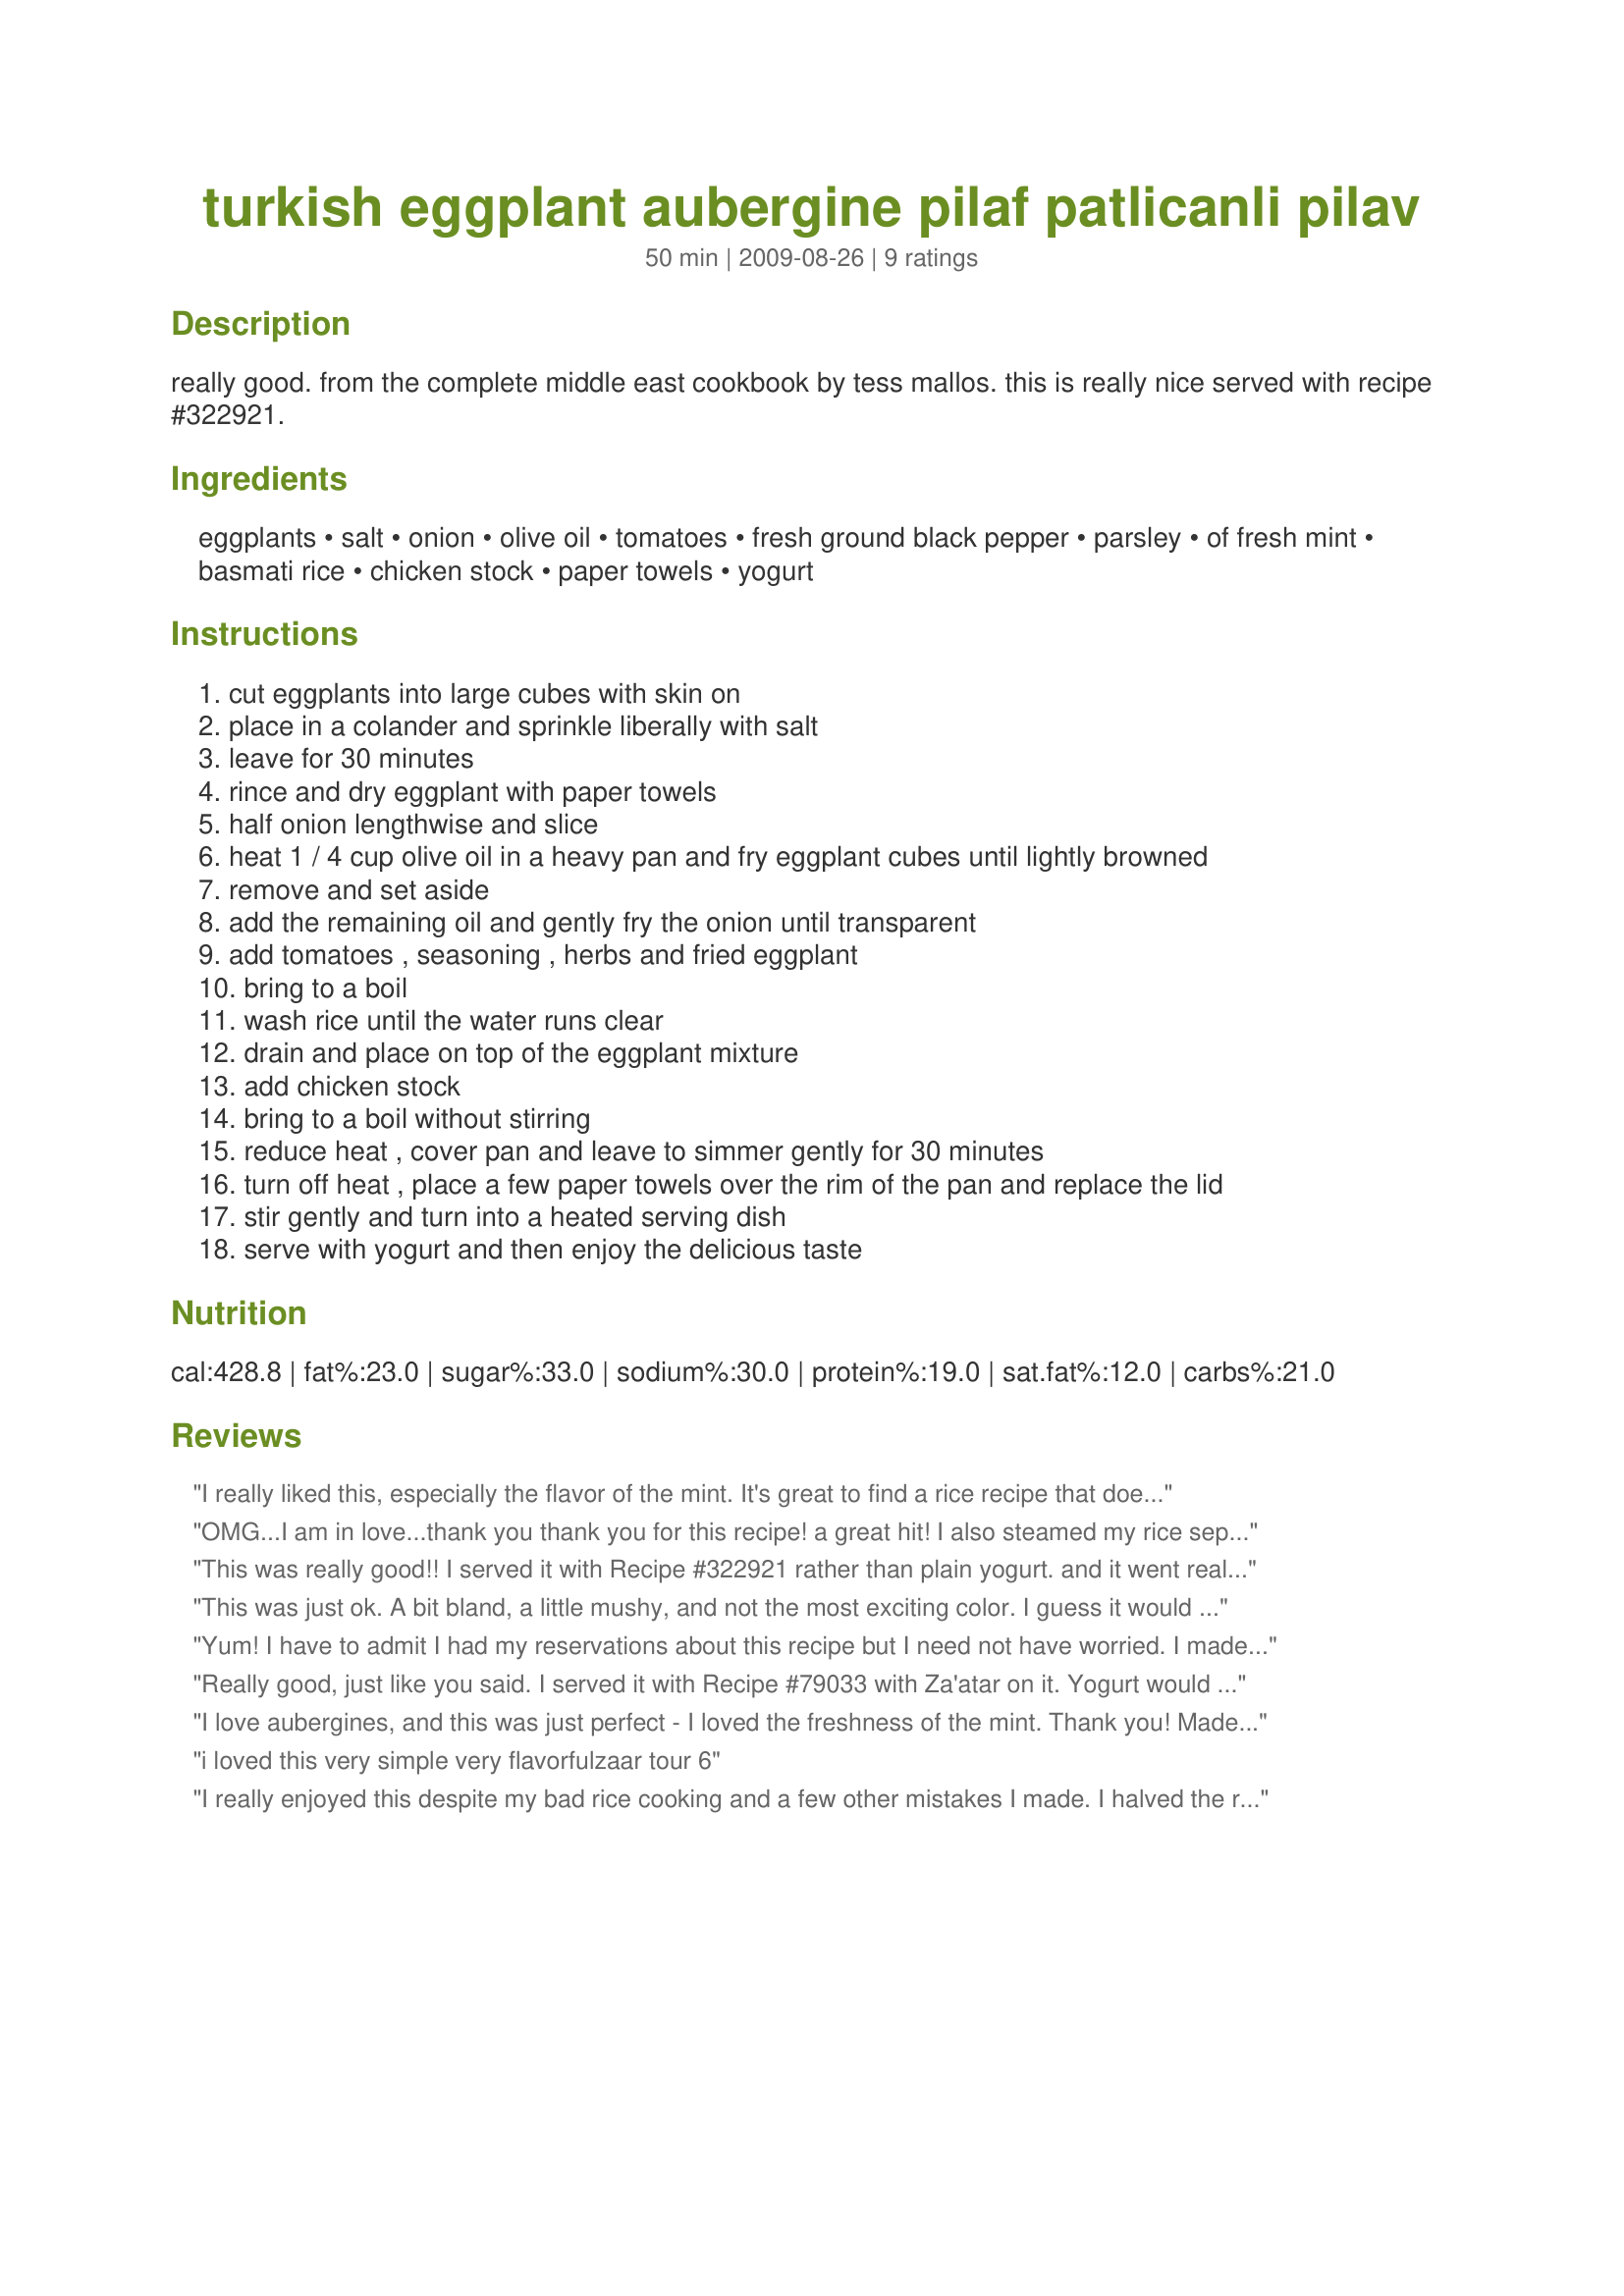
turkish eggplant aubergine pilaf patlicanli pilav
Preparation time: 50 minutes

really good. from the complete middle east cookbook by tess mallos. this is really nice served with recipe #322921.

Ingredients:
eggplants, salt, onion, olive oil, tomatoes, fresh ground black pepper, parsley, of fresh mint, basmati rice, chicken stock, paper towels, yogurt

Steps:
cut eggplants into large cubes with skin on
place in a colander and sprinkle liberally with salt
leave for 30 minutes
rince and dry eggplant with paper towels
half onion lengthwise and slice
heat 1 / 4 cup olive oil in a heavy pan and fry eggplant cubes until lightly browned
remove and set aside
add the remaining oil and gently fry the onion until transparent
add tomatoes , seasoning , herbs and fried eggplant
bring to a boil
wash rice until the water runs clear
drain and place on top of the eggplant mixture
add chicken stock
bring to a boil without stirring
reduce heat , cover pan and leave to simmer gently for 30 minutes
turn off heat , place a few paper towels over the rim of the pan and replace the lid
stir gently and turn into a heated serving dish
serve with yogurt and then enjoy the delicious taste

Reviews:
I really liked this, especially the flavor of the mint. It's great to find a rice recipe that doesn't use meat but still tastes good. I made a few small changes. I used vegetable stock instead of chicken and after frying the onion (before adding the tomato and herbs) I added half a cup of tomato paste with 1 teaspoon of curry powder and one teaspoon of baharat spices and fried and mixed that for a minute. This gives the tomato paste a really strong flavor that flavors the whole dish and really brings out the spices (my in laws use this technique for every dish with tomato in it). Also I used fresh chopped tomato not canned so I didn't have quite enough liquid and a small layer at the top of the rice was not quite cooked so next time I will add a bit more water. I will definitely make again and next time I will substitute some of the fried eggplant for fried mushroom which I think will be really delicious and give the dish a more meaty taste.
OMG...I am in love...thank you thank you for this recipe! a great hit! I also steamed my rice seperately..but still wonderful!
This was really good!! I served it with Recipe #322921 rather than plain yogurt. and it went really well. I did use a large can of diced tomatoes... didn't want to peel and chop mine either. We really enjoyed this. Will be making again for sure.
This was just ok. A bit bland, a little mushy, and not the most exciting color. I guess it would be good as a side to something very spicy, though.
Yum! I have to admit I had my reservations about this recipe but I need not have worried. I made as written but did not fry the eggplant, but baked instead, and used tinned tomatoes. I also added 1/2 tsp cumin, but I don't think that was necessary. Thanks!
Really good, just like you said. I served it with Recipe #79033 with Za'atar on it. Yogurt would have been really good with it but I forgot to serve it this time. I used 28 oz of canned whole tomatoes and cut them up for the 2 cups of tomatoes. This is a great lunch recipe or side dish. I really like the parsley and mint in it, they add a nice fresh brightness to the dish. The only thing I might change next time is to put the eggplant into the rice near the end of the rice's cooking time to keep it from getting to soft, that's all. Thanks Ummbinat, I'll be keeping this one!
I love aubergines, and this was just perfect - I loved the freshness of the mint. Thank you! Made for ZWT6.
i loved this very simple very flavorfulzaar tour 6
I really enjoyed this despite my bad rice cooking and a few other mistakes I made. I halved the recipe because I only had one eggplant but otherwise I tried to make it according to recipe (at this everyone who knows me snickers as I am notorious for being unable to leave a recipe alone...) and actually did not make any substitutions other than where I did not have what was called for as in I put in a bunch of cherry tomatoes as thats all I had, I had no parsley and had only dried mint. I made the mistake of putting the onions in with the eggplant and then overcooked the eggplant and almost caramelized the onions because I got busy with the kids and wasn't watching closely enough. when it came to adding the rice I thought I should dump everything into my rice steamer. I am bad at cooking rice, always too sticky or not cooked enough and I count on my rice steamer to save me. But at the last minute I decided to cook according to directions. I even did the paper towels but the rice was not cooked enough. I don't blame the recipe I just should have followed my instincts and use the rice steamer. I will definitely make this again. I love eggplant and the flavor of this was wonderful, loved the mint. I served it with scrambled ground lamb simmered in a jar of spicy tomato and ginger cooking sauce. My dh loved the pilaf best.

thanks so much for sharing this I can see it becoming a regular at our house.
